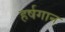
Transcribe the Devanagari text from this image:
हर्षगान